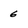
Character: 6